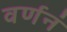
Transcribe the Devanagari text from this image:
वर्णनं